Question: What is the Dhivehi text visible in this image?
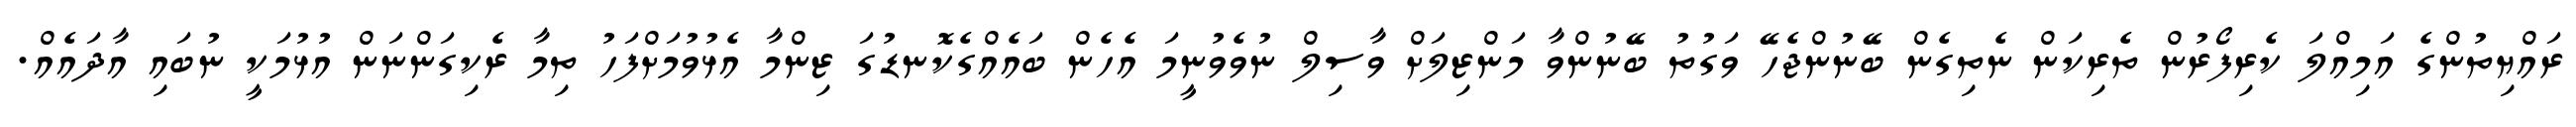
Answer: ރައްޔިތުންގެ އަމިއްލަ ކެރިފޯރުން ތެރިކަން ނެތިގެން ބޭނުންޖެހޭ ވަގުތު ބޭނުންވާ މަންޒިލަށް ވާސިލް ނުވެވުނީމަ އެހެން ބައެއްގެކޮނޑުގަ ޒިންމާ އެޅުވުމަށްފަހު ތިމާ ރެކިގަންނަން އުޅުމަކީ ނުބައި އާދައެއް.